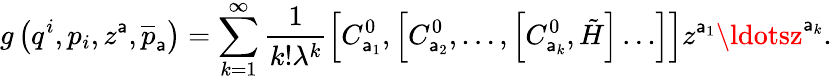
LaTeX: g\left(q^{i},p_{i},z^{\mathsf{a}},\overline{{{{p}}}}_{\mathsf{a}}\right)=\sum_{k=1}^{\infty}\frac{1}{{k!\lambda^{k}}}\left[C_{\mathsf{a}_{1}}^{0},\left[C_{\mathsf{a}_{2}}^{0},\ldots,\left[C_{\mathsf{a}_{k}}^{0},\tilde{{H}}\right]\ldots\right]\right]z^{\mathsf{a}_{1}}\ldotsz^{\mathsf{a}_{k}}.